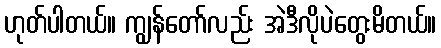
ဟုတ်ပါတယ်။ ကျွန်တော်လည်း အဲဒီလိုပဲတွေးမိတယ်။